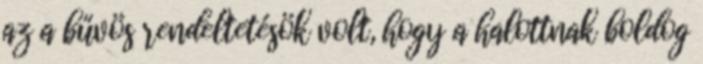
az a bűvös rendeltetésök volt, hogy a halottnak boldog